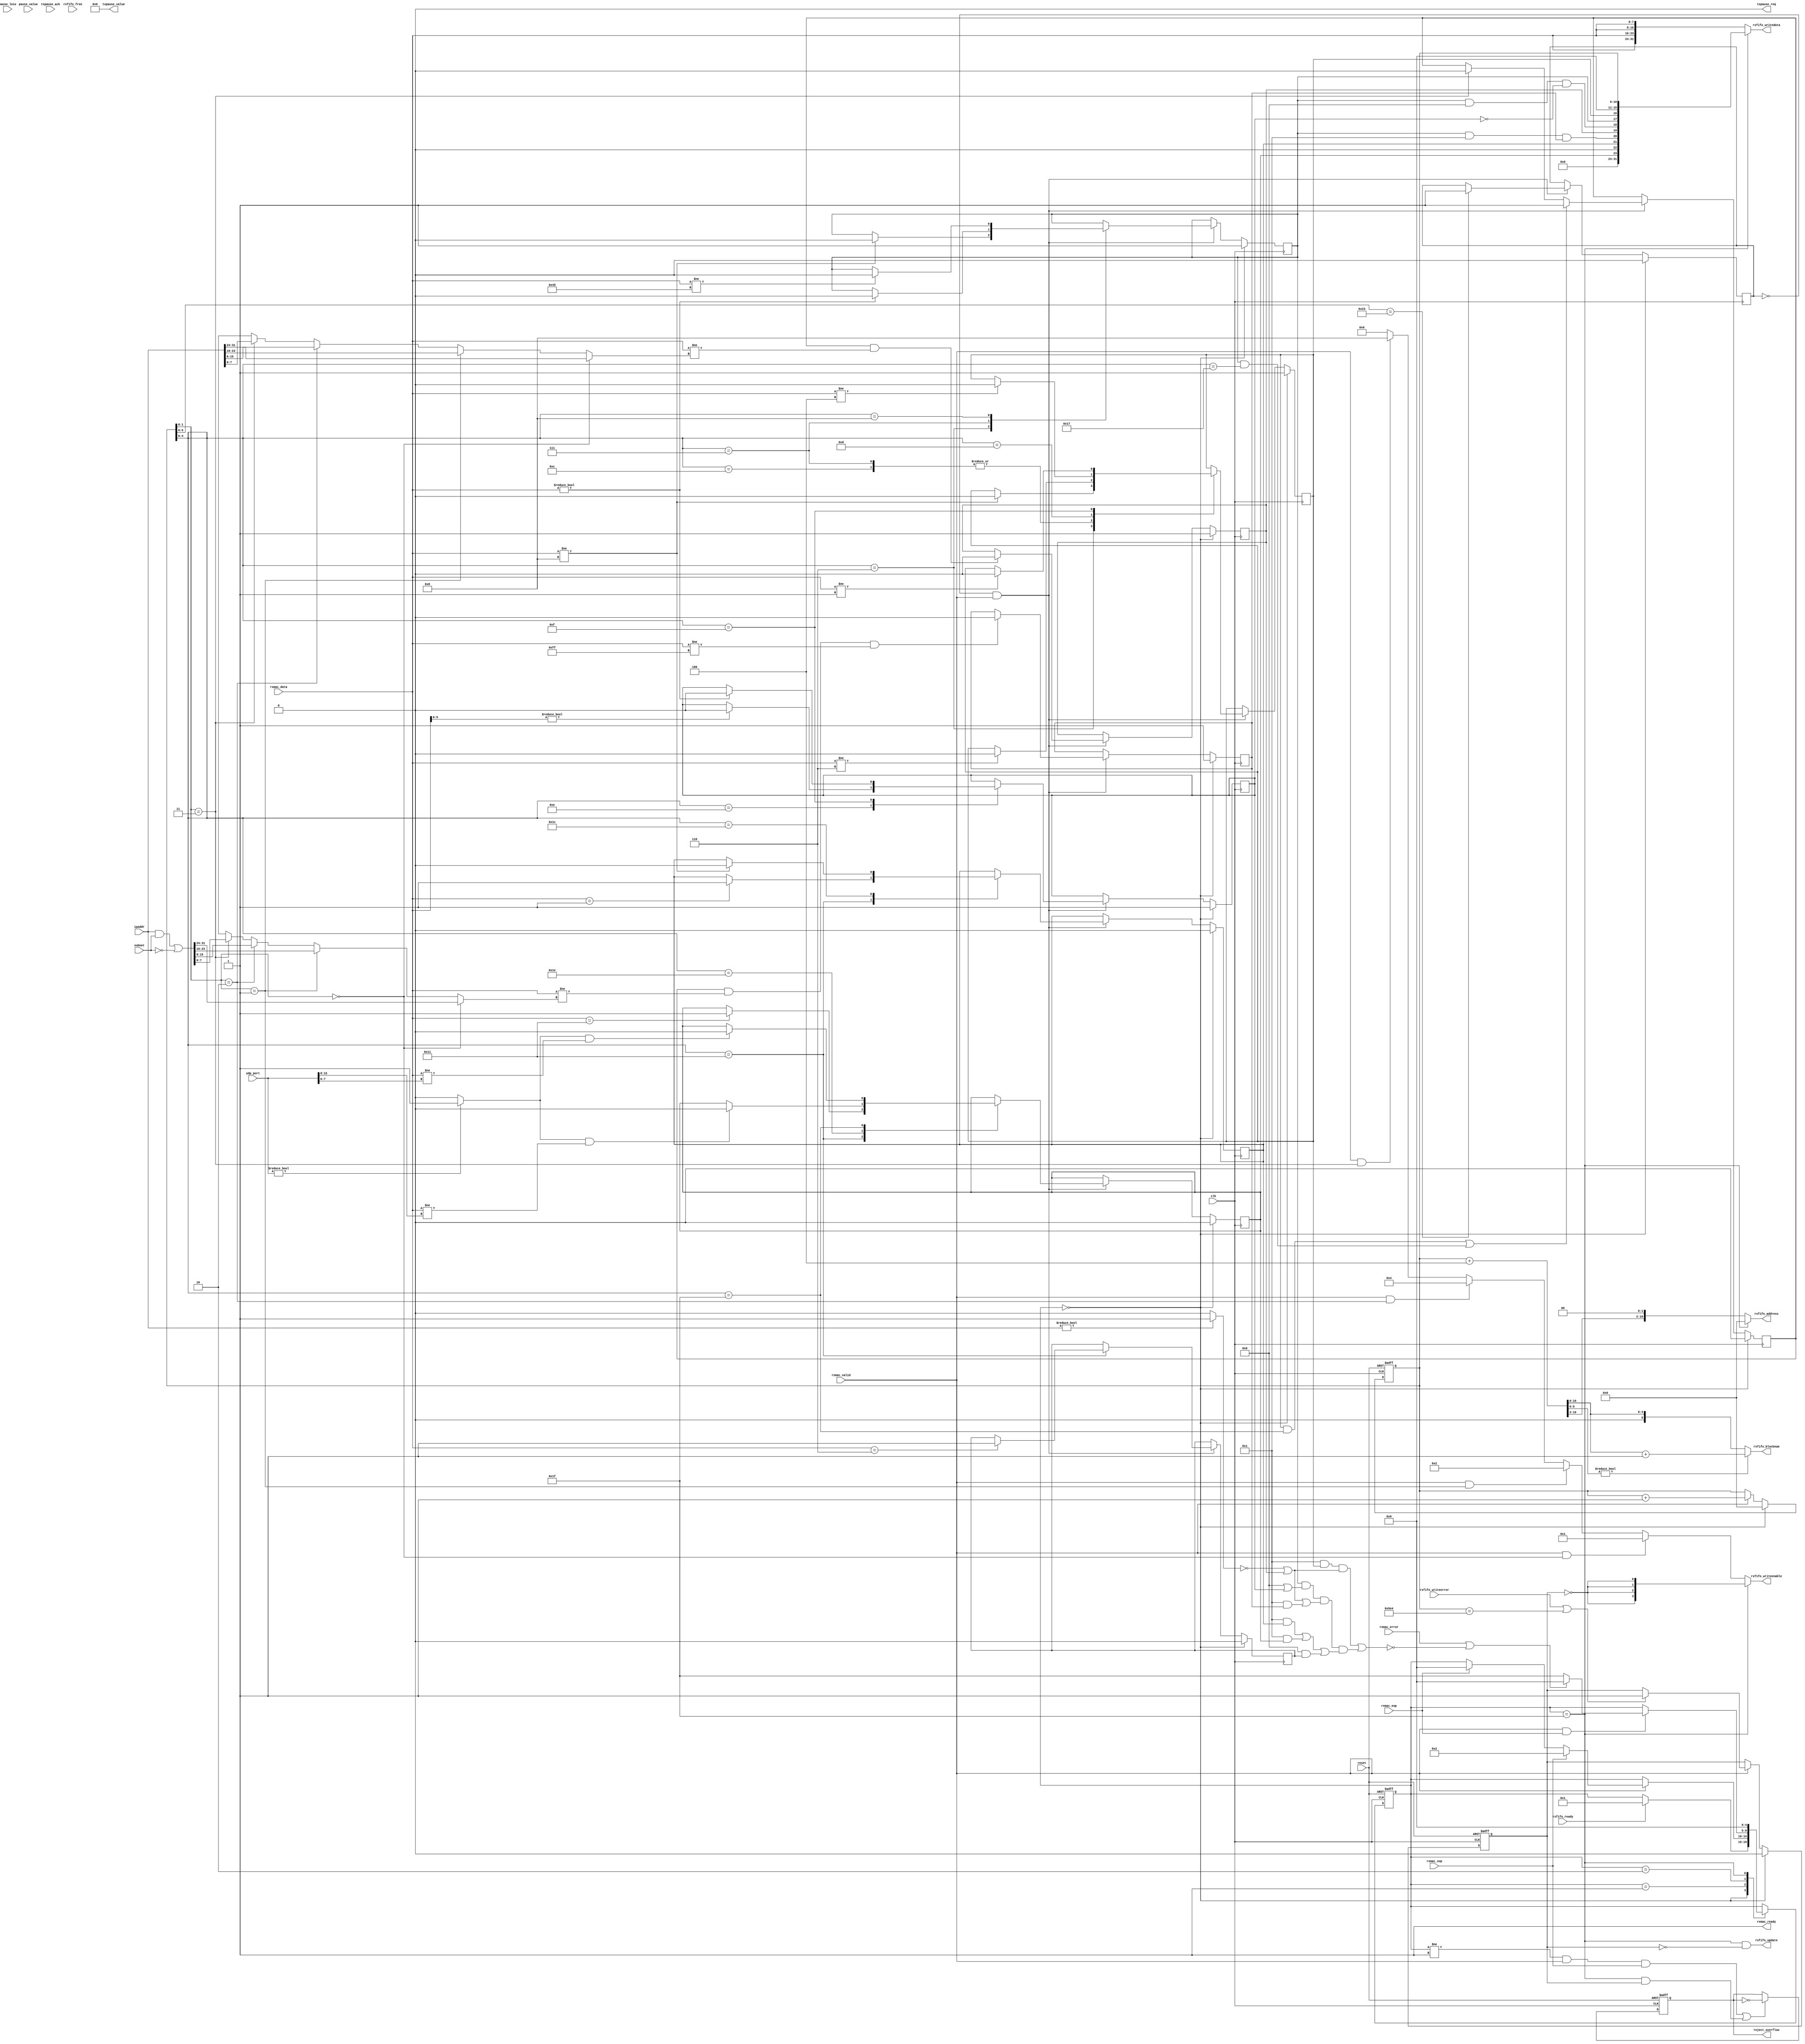
// ===================================================================
// TITLE : PERIDOT Ethernet I/O Extender / Packet Receiver Control
//
//     DESIGN : s.osafune@j7system.jp (J-7SYSTEM WORKS LIMITED)
//            : 2022/09/08 (FIXED)
//
// ===================================================================
//
// The MIT License (MIT)
// Copyright (c) 2022 J-7SYSTEM WORKS LIMITED.
//
// Permission is hereby granted, free of charge, to any person obtaining a copy of
// this software and associated documentation files (the "Software"), to deal in
// the Software without restriction, including without limitation the rights to
// use, copy, modify, merge, publish, distribute, sublicense, and/or sell copies
// of the Software, and to permit persons to whom the Software is furnished to do
// so, subject to the following conditions:
//
// The above copyright notice and this permission notice shall be included in all
// copies or substantial portions of the Software.
//
// THE SOFTWARE IS PROVIDED "AS IS", WITHOUT WARRANTY OF ANY KIND, EXPRESS OR
// IMPLIED, INCLUDING BUT NOT LIMITED TO THE WARRANTIES OF MERCHANTABILITY,
// FITNESS FOR A PARTICULAR PURPOSE AND NONINFRINGEMENT. IN NO EVENT SHALL THE
// AUTHORS OR COPYRIGHT HOLDERS BE LIABLE FOR ANY CLAIM, DAMAGES OR OTHER
// LIABILITY, WHETHER IN AN ACTION OF CONTRACT, TORT OR OTHERWISE, ARISING FROM,
// OUT OF OR IN CONNECTION WITH THE SOFTWARE OR THE USE OR OTHER DEALINGS IN THE
// SOFTWARE.
//

// []
//
// MEMFIFO
//   +0 : FIFO
//          bit31-24: reserved(all 0)
//          bit23   : UDP(udp_port0)
//          bit22   : TCP(ACCEPT_TCP_PACKETS=1)
//          bit21   : ICMP(IGNORE_ICMP_ECHO_CHECK=1ICMP)
//          bit20   : IP(ACCEPT_BROADCAST_IPADDR=1)
//          bit19   : IPARPIP(ipaddr0)
//          bit18   : IP(ACCEPT_FRAGMENT_PACKETS=1)
//          bit17   : IP 
//          bit16   : ARP(IGNORE_ARP_REQUEST_CHECK=1ARP)
//          bit15-11: reserved(all 0)
//          bit10-0 : len
//   +4 : 03()
//   +8 : 45
//    :
//   +n : (n-1)*4(len-1)
//
// FIFO 
//   blocknum = (len + 4 + (BLOCKSIZE - 1)) / BLOCKSIZE
//

// Verilog-2001 / IEEE 1364-2001
`default_nettype none

module peridot_ethio_rxctrl #(
	parameter PACKET_LENGTH_MAX			= 1508,	// (5121508, DA+TYPE+)
	parameter FIFO_BLOCKNUM_BITWIDTH	= 6,	// FIFO (2^n) : 4
	parameter FIFO_BLOCKSIZE_BITWIDTH	= 6,	//  (2^n) : 2
	parameter ACCEPT_PAUSE_FRAME		= 0,	// 1=PAUSE(0PAUSE)
	parameter IGNORE_LENGTH_CHECK		= 0,	// 1= 
	parameter IGNORE_PACKET_FILTERING	= 0,	// 1=() 
	parameter ACCEPT_ARP_PACKETS		= 1,	// 1=ARP 
	parameter ACCEPT_FRAGMENT_PACKETS	= 0,	// 1=IP 
	parameter ACCEPT_BROADCAST_IPADDR	= 1,	// 1=IP 
	parameter ACCEPT_ICMP_PACKETS		= 1,	// 1=ICMP 
	parameter ACCEPT_UDP_PACKETS		= 1,	// 1=UDP 
	parameter ACCEPT_TCP_PACKETS		= 0,	// 1=TCP 
	parameter IGNORE_ARP_REQUEST_CHECK	= 0,	// 1=ARP 
	parameter IGNORE_ICMP_ECHO_CHECK	= 0		// 1=ICMP 
) (
	input wire			reset,
	input wire			clk,
	output wire			reject_overflow,	// FIFO_FULL,FIFOREADYSOP 
	input wire  [7:0]	pause_less,			// FIFOPAUSE 
	input wire  [15:0]	pause_value,		//  
	input wire  [31:0]	ipaddr,				// IP(0IP)
	input wire  [31:0]	subnet,				// (0) 
	input wire  [15:0]	udp_port,			// UDP(0)

	// PAUSE 
	output wire			txpause_req,		// PAUSE 
	output wire [15:0]	txpause_value,
	input wire			txpause_ack,

	// MAC 
	output wire			rxmac_ready,
	input wire  [7:0]	rxmac_data,
	input wire			rxmac_valid,
	input wire			rxmac_sop,
	input wire			rxmac_eop,
	input wire			rxmac_error,		// 1=, EOP 

	// FIFO 
	input wire			rxfifo_ready,
	output wire			rxfifo_update,
	output wire [FIFO_BLOCKNUM_BITWIDTH-1:0] rxfifo_blocknum,
	input wire  [FIFO_BLOCKNUM_BITWIDTH-1:0] rxfifo_free,
	output wire [10:0]	rxfifo_address,
	output wire [31:0]	rxfifo_writedata,
	output wire [3:0]	rxfifo_writeenable,
	input wire			rxfifo_writeerror
);


/* =====  ========== */



/* -----  ------------------ */

	localparam	STATE_INIT		= 5'd0,
				STATE_IDLE		= 5'd1,
				STATE_RXDATA	= 5'd2,
				STATE_CLOSE		= 5'd31;

	localparam PAUSE_LESS_BITWIDTH = (FIFO_BLOCKNUM_BITWIDTH < 8)? FIFO_BLOCKNUM_BITWIDTH : 8;


/*  */

/* =====  ====================== */
	wire			reset_sig = reset;		//  
	wire			clock_sig = clk;		//  

	reg  [4:0]		rxstate_reg;
	reg  [10:0]		data_count_reg;
	reg				err_toggle_reg;
	reg				err_write_reg;

	wire [10:0]		total_bytenum_sig;
	wire [FIFO_BLOCKNUM_BITWIDTH-1:0] update_blocknum_sig;
	wire [3:0]		writeenable_sig;
	wire [31:0]		fifo_header_sig;
	wire [15:0]		packet_status_sig;

	wire			pause_latch_sig, pause_check_sig;
	wire [FIFO_BLOCKNUM_BITWIDTH-1:0] pause_less_sig;
	wire [15:0]		pause_value_sig;
	reg				pause_req_reg, pause_check_reg;

	wire			reject_sig, accept_sig;
	wire			ipaddr_ena_sig;
	wire [7:0]		ipaddr_byte_sig;
	wire [31:0]		broadaddr_sig;
	wire [7:0]		broadaddr_byte_sig;
	wire			udpport_ena_sig;
	reg				done_reg;
	reg				arp_reg, ip_reg, icmp_reg, tcp_reg, udp_reg;
	reg				fragment_reg, ipbyte_valid_reg, ipaddr_own_reg, ipaddr_broad_reg;


/* wirereg */

/* =====  ============== */



/* =====  ============== */

	// MAC-RX 

//	assign rxmac_ready = (rxstate_reg == STATE_IDLE || rxstate_reg == STATE_RXDATA);
	assign rxmac_ready = 1'b1;


	// FSM 

	assign reject_sig = (!IGNORE_PACKET_FILTERING && !accept_sig);

	always @(posedge clock_sig or posedge reset_sig) begin
		if (reset_sig) begin
			rxstate_reg <= STATE_INIT;
			data_count_reg <= 1'd0;
			err_toggle_reg <= 1'b0;
			err_write_reg <= 1'b0;
		end
		else begin
			case (rxstate_reg)

			STATE_INIT : begin
				if (rxfifo_ready) begin
					rxstate_reg <= STATE_IDLE;
				end
			end

			STATE_IDLE : begin
				if (rxmac_valid) begin
					if (rxmac_sop) begin
						rxstate_reg <= STATE_RXDATA;
					end
					else if (rxmac_eop) begin
						rxstate_reg <= STATE_INIT;
					end
				end
			end

			STATE_RXDATA : begin
				if (rxmac_valid && rxmac_eop) begin
					if (rxmac_error || reject_sig) begin
						rxstate_reg <= STATE_INIT;
					end
					else begin
						rxstate_reg <= STATE_CLOSE;
					end
				end
			end

			STATE_CLOSE : begin
				rxstate_reg <= STATE_INIT;
			end

			endcase


			//  
			if (rxstate_reg == STATE_INIT) begin
				data_count_reg <= 1'd0;
			end
			else if (rxmac_valid) begin
				data_count_reg <= data_count_reg + 1'd1;
			end

			// FIFO 
			if (rxstate_reg == STATE_INIT) begin
				err_write_reg <= 1'b0;
			end
			else if (rxmac_valid) begin
				if (rxfifo_writeerror || (!IGNORE_LENGTH_CHECK && data_count_reg == PACKET_LENGTH_MAX[10:0])) begin
					err_write_reg <= 1'b1;
				end
			end

			// FIFO 
			if ((rxstate_reg != STATE_IDLE && rxmac_valid && rxmac_sop) || (rxstate_reg == STATE_CLOSE && err_write_reg)) begin
				err_toggle_reg <= ~err_toggle_reg;
			end
		end
	end

	assign reject_overflow = err_toggle_reg;

	assign total_bytenum_sig = data_count_reg + 11'd4;
	assign update_blocknum_sig = total_bytenum_sig[10:FIFO_BLOCKSIZE_BITWIDTH];
	assign rxfifo_blocknum = (total_bytenum_sig[FIFO_BLOCKSIZE_BITWIDTH-1:0])? update_blocknum_sig + 1'd1 : update_blocknum_sig;
	assign rxfifo_update = (rxstate_reg == STATE_CLOSE && !err_write_reg);

	assign rxfifo_address = (rxstate_reg == STATE_CLOSE)? 11'h0 : {total_bytenum_sig[10:2], 2'b00};

	assign fifo_header_sig = {packet_status_sig, 5'b0, data_count_reg};
	assign rxfifo_writedata = (rxstate_reg == STATE_CLOSE)? fifo_header_sig : {4{rxmac_data}};

	assign writeenable_sig =
				(rxmac_valid && data_count_reg[1:0] == 2'd0)? 4'b0001 :
				(rxmac_valid && data_count_reg[1:0] == 2'd1)? 4'b0010 :
				(rxmac_valid && data_count_reg[1:0] == 2'd2)? 4'b0100 :
				(rxmac_valid && data_count_reg[1:0] == 2'd3)? 4'b1000 :
				4'b0000;
	assign rxfifo_writeenable = (rxstate_reg == STATE_CLOSE)? {4{~err_write_reg}} : writeenable_sig;


	// PAUSE 

	assign pause_less_sig = pause_less[PAUSE_LESS_BITWIDTH-1:0];

	always @(posedge clock_sig or posedge reset_sig) begin
		if (reset_sig) begin
			pause_req_reg <= 1'b0;
			pause_check_reg <= 1'b0;
		end
		else begin
			if (rxstate_reg == STATE_CLOSE && !err_write_reg) begin
				pause_check_reg <= 1'b1;
			end
			else begin
				pause_check_reg <= 1'b0;
			end

			if (pause_req_reg) begin
				if (txpause_ack) begin
					pause_req_reg <= 1'b0;
				end
			end
			else if (ACCEPT_PAUSE_FRAME && pause_check_reg && pause_less_sig > rxfifo_free) begin
				pause_req_reg <= 1'b1;
			end
		end
	end

	assign txpause_req = (ACCEPT_PAUSE_FRAME)? pause_req_reg : 1'b0;
	assign txpause_value = (ACCEPT_PAUSE_FRAME)? pause_value : 1'd0;


	//  

	assign ipaddr_ena_sig = (ipaddr)? 1'b1 : 1'b0;
	assign ipaddr_byte_sig =
				(data_count_reg[1:0] == 2'd0)? ipaddr[31:24] :	// +24,+32 : IP 0
				(data_count_reg[1:0] == 2'd1)? ipaddr[23:16] :	// +25,+33 : IP 1
				(data_count_reg[1:0] == 2'd2)? ipaddr[15: 8] :	// +26,+34 : IP 2
				(data_count_reg[1:0] == 2'd3)? ipaddr[ 7: 0] :	// +27,+35 : IP 3
				{8{1'bx}};

	assign broadaddr_sig = (ipaddr & subnet) | ~subnet;
	assign broadaddr_byte_sig =
				(data_count_reg[1:0] == 2'd0)? broadaddr_sig[31:24] :	// +24 : IP 0
				(data_count_reg[1:0] == 2'd1)? broadaddr_sig[23:16] :	// +25 : IP 1
				(data_count_reg[1:0] == 2'd2)? broadaddr_sig[15: 8] :	// +26 : IP 2
				(data_count_reg[1:0] == 2'd3)? broadaddr_sig[ 7: 0] :	// +27 : IP 3
				{8{1'bx}};

	assign udpport_ena_sig = (udp_port)? 1'b1 : 1'b0;

	always @(posedge clock_sig) begin
		if (rxstate_reg == STATE_INIT) begin
			done_reg <= 1'b0;
			arp_reg <= 1'b1;
			ip_reg <= 1'b1;
			fragment_reg <= 1'b1;
			ipbyte_valid_reg <= 1'b0;
			ipaddr_own_reg <= 1'b1;
			ipaddr_broad_reg <= 1'b1;
			icmp_reg <= 1'b0;
			tcp_reg <= 1'b0;
			udp_reg <= 1'b0;
		end
		else begin
			if (!done_reg && rxmac_valid) begin
				case (data_count_reg[4:0])

				// Ethernet  
				5'd6 : begin
					if (rxmac_data != 8'h08) begin
						arp_reg <= 1'b0;
						ip_reg <= 1'b0;
					end
				end
				5'd7 : begin
					if (rxmac_data != 8'h06) begin
						arp_reg <= 1'b0;
					end

					if (rxmac_data != 8'h00) begin
						ip_reg <= 1'b0;
					end
				end

				// IP 
				5'd8 : begin
					if (rxmac_data != 8'h45) begin
						ip_reg <= 1'b0;
					end
				end

				// ARPMAC/IP 
				5'd12 : begin
					if (rxmac_data != 8'h06) begin
						arp_reg <= 1'b0;
					end
				end
				5'd13 : begin
					if (rxmac_data != 8'h04) begin
						arp_reg <= 1'b0;
					end
				end

				// IP, ARP 
				5'd14 : begin
					if (rxmac_data[5:0]) begin
						fragment_reg <= 1'b0;
					end
				end
				5'd15 : begin
					if (rxmac_data) begin
						fragment_reg <= 1'b0;
					end

					if (!IGNORE_ARP_REQUEST_CHECK && rxmac_data != 8'h01) begin
						arp_reg <= 1'b0;
					end
				end

				// IP 
				5'd17 : begin
					if (rxmac_data == 8'h01) begin
						icmp_reg <= 1'b1;
					end

					if (rxmac_data == 8'h11) begin
						udp_reg <= 1'b1;
					end

					if (rxmac_data == 8'h06) begin
						tcp_reg <= 1'b1;
					end
				end

				// ICMP 
				5'd28 : begin
					if (!IGNORE_ICMP_ECHO_CHECK && rxmac_data != 8'h08) begin
						icmp_reg <= 1'b0;
					end
				end

				// UDP 
				5'd30 : begin
					if (udpport_ena_sig && rxmac_data != udp_port[15:8]) begin
						udp_reg <= 1'b0;
					end
				end
				5'd31 : begin
					if (udpport_ena_sig && rxmac_data != udp_port[7:0]) begin
						udp_reg <= 1'b0;
					end
				end

				default : begin
				end

				endcase


				//  
				if (data_count_reg[5:0] == 6'd35) begin
					done_reg <= 1'b1;
				end

				// IP 
				if ((arp_reg && data_count_reg[4:0] == 5'd31) || (ip_reg && data_count_reg[4:0] == 5'd23)) begin
					ipbyte_valid_reg <= 1'b1;
				end
//				else if (data_count_reg[5:0] == 6'd35 || data_count_reg[4:0] == 5'd27) begin
				else if (data_count_reg[1:0] == 2'd3) begin
					ipbyte_valid_reg <= 1'b0;
				end

				if (ipbyte_valid_reg && rxmac_data != ipaddr_byte_sig) begin
					ipaddr_own_reg <= 1'b0;
				end

				if (ipbyte_valid_reg && rxmac_data != broadaddr_byte_sig && rxmac_data != 8'd255) begin
					ipaddr_broad_reg <= 1'b0;
				end
			end
		end
	end

	//  
	assign accept_sig = 
			// ARP 
			((ACCEPT_ARP_PACKETS && arp_reg) && (!ipaddr_ena_sig || ipaddr_own_reg)) || 

			// IP 
			(ip_reg &&
				(ACCEPT_FRAGMENT_PACKETS || fragment_reg) &&
				(!ipaddr_ena_sig || ipaddr_own_reg || (ACCEPT_BROADCAST_IPADDR && ipaddr_broad_reg)) &&
				((ACCEPT_ICMP_PACKETS && icmp_reg) || (ACCEPT_UDP_PACKETS && udp_reg) || (ACCEPT_TCP_PACKETS && tcp_reg))
			);

	//  
	assign packet_status_sig = { 8'b0,
			// [7] : UDP(udp_port0)1
			(!IGNORE_PACKET_FILTERING && ACCEPT_UDP_PACKETS && udp_reg),

			// [6] : TCP1
			(!IGNORE_PACKET_FILTERING && ACCEPT_TCP_PACKETS && tcp_reg),

			// [5] : ICMP(IGNORE_ICMP_ECHO_CHECK=1ICMP)1
			(!IGNORE_PACKET_FILTERING && ACCEPT_ICMP_PACKETS && icmp_reg),

			// [4] : ACCEPT_BROADCAST_IPADDR=1IP1
			(!IGNORE_PACKET_FILTERING && ip_reg && ACCEPT_BROADCAST_IPADDR && ipaddr_broad_reg),

			// [3] : ipaddr0ARPIP1
			(!IGNORE_PACKET_FILTERING && ipaddr_own_reg),

			// [2] : ACCEPT_FRAGMENT_PACKETS=1IP1
			(!IGNORE_PACKET_FILTERING && ip_reg && ACCEPT_FRAGMENT_PACKETS && !fragment_reg),

			// [1] : IP1
			(!IGNORE_PACKET_FILTERING && ip_reg),

			// [0] : ARP(IGNORE_ARP_REQUEST_CHECK=1ARP)1
			(!IGNORE_PACKET_FILTERING && ACCEPT_ARP_PACKETS && arp_reg)
		};



endmodule

`default_nettype wire